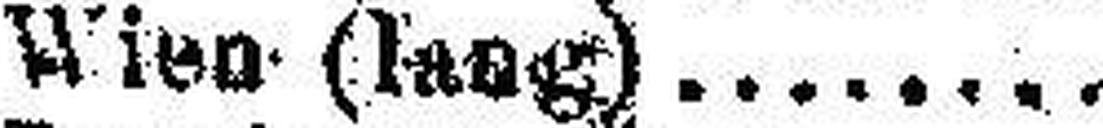
Wien (laag)